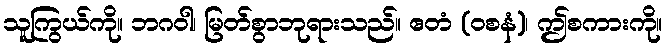
သူကြွယ်ကို။ ဘဂဝါ၊ မြတ်စွာဘုရားသည်။ ဧတံ (ဝစနံ)၊ ဤစကားကို။